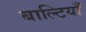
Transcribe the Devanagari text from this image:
बाल्टियाँ